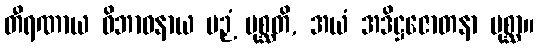
တီရဏာယ ဝိဘာဝနာယ ပဉှံ ပုစ္ဆတိ, အယံ အဒိဋ္ဌဇောတနာ ပုစ္ဆာ။